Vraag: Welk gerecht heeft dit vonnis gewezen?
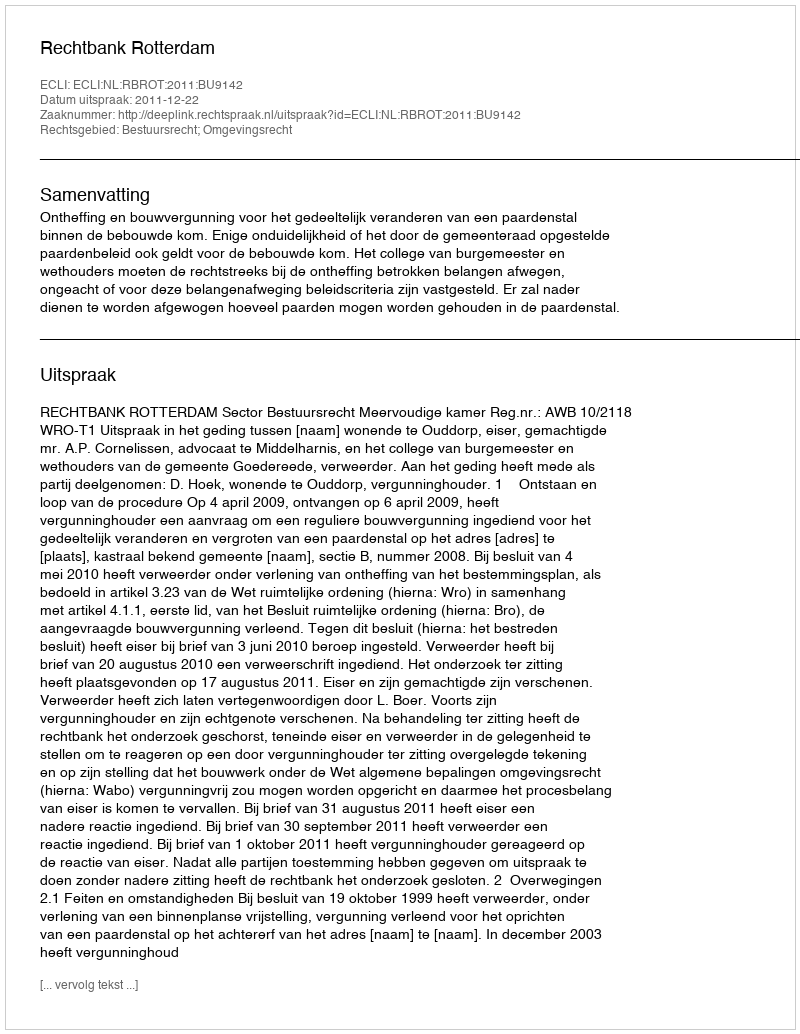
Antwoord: Rechtbank Rotterdam